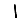
Digit: 1